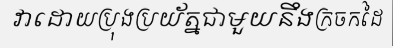
វាដោយប្រុងប្រយ័ត្នជាមួយនឹងក្រចកដៃ